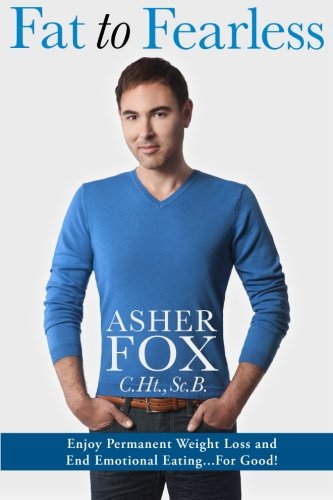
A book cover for Fat to Fearless: Enjoy Permanent Weight Loss and End Emotional Eating...For Good!; Asher Fox; Health, Fitness & Dieting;